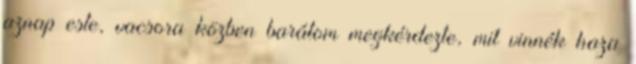
aznap este, vacsora közben barátom megkérdezte, mit vinnék haza